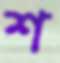
শ